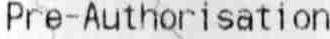
PRE-AUTHORISATION